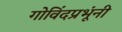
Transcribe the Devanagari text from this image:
गोविंदप्रभूंनी